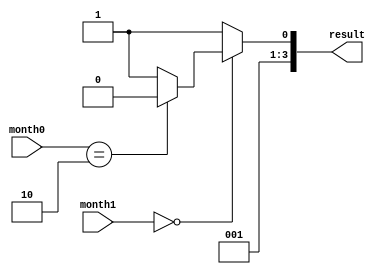
`timescale 1ns / 1ps
//////////////////////////////////////////////////////////////////////////////////
// Company: 
// Engineer: 
// 
// Design Name: 
// Module Name: selector3
// Project Name: 
// Target Devices: 
// Tool Versions: 
// Description: 
// 
// Dependencies: 
// 
// Revision:
// Revision 0.01 - File Created
// Additional Comments:
// 
//////////////////////////////////////////////////////////////////////////////////


module selector3(month1, month0, result);
    input [3:0] month1;
    input [3:0] month0;
    output [3:0] result;
    
    reg [3:0] result;
    
    always @* begin
        case(month1)
            4'd0: begin
                if(month0 == 4'd2)
                    result = 4'd2;
                else
                    result = 4'd3;
            end
            default: result = 4'd3;
        endcase
    end
endmodule